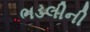
ભડલીની